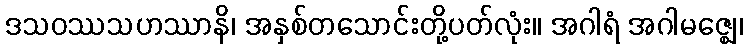
ဒသဝဿသဟဿာနိ၊ အနှစ်တသောင်းတို့ပတ်လုံး။ အဂါရံ အဂါမဇ္ဈေ၊